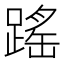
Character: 䠛